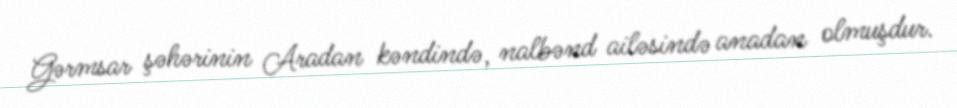
Gərmsar şəhərinin Aradan kəndində, nalbənd ailəsində anadan olmuşdur.